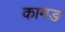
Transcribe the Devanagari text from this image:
कामङ